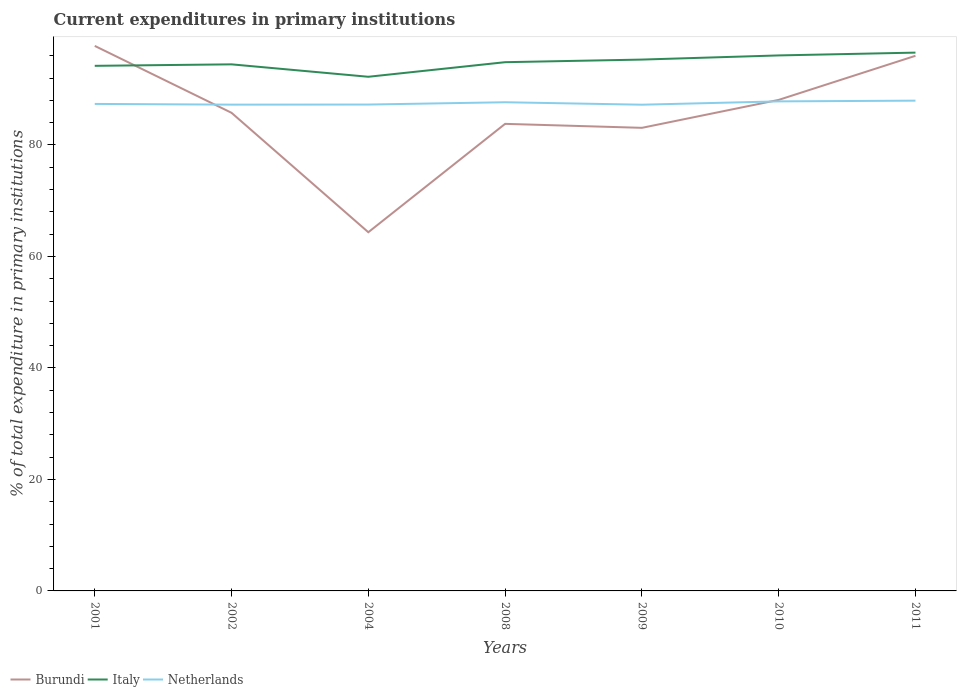
| Years | Burundi | Italy | Netherlands |
 | --- | --- | --- | --- |
 | 2001 | 97.8 | 94.2 | 87.4 |
 | 2002 | 85.8 | 94.5 | 87.2 |
 | 2004 | 64.3 | 92.2 | 87.3 |
 | 2008 | 83.8 | 94.9 | 87.7 |
 | 2009 | 83.1 | 95.3 | 87.2 |
 | 2010 | 88.1 | 96.1 | 87.8 |
 | 2011 | 96 | 96.6 | 87.9 |